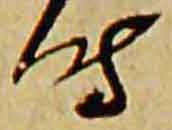
時